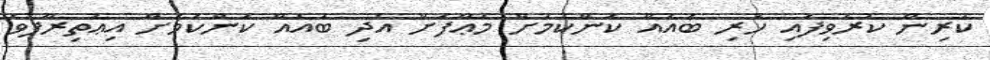
ކުރިން ކުރެވިފައި ހުރި ބައެއް ކަންކަމަށް މަޢާފަށް އެދި ބައެއް ކަންކަމަށް އިޢުތިރާފުވެ